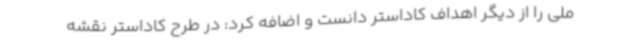
ملی را از دیگر اهداف کاداستر دانست و اضافه کرد: در طرح کاداستر نقشه